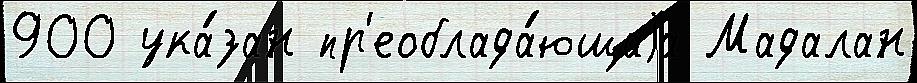
900 ука́зан пр'еоблада́ющаjа Мадалан